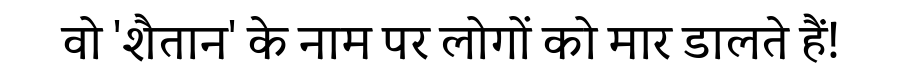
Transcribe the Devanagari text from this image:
वो 'शैतान' के नाम पर लोगों को मार डालते हैं!